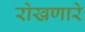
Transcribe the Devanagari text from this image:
रोखणारे